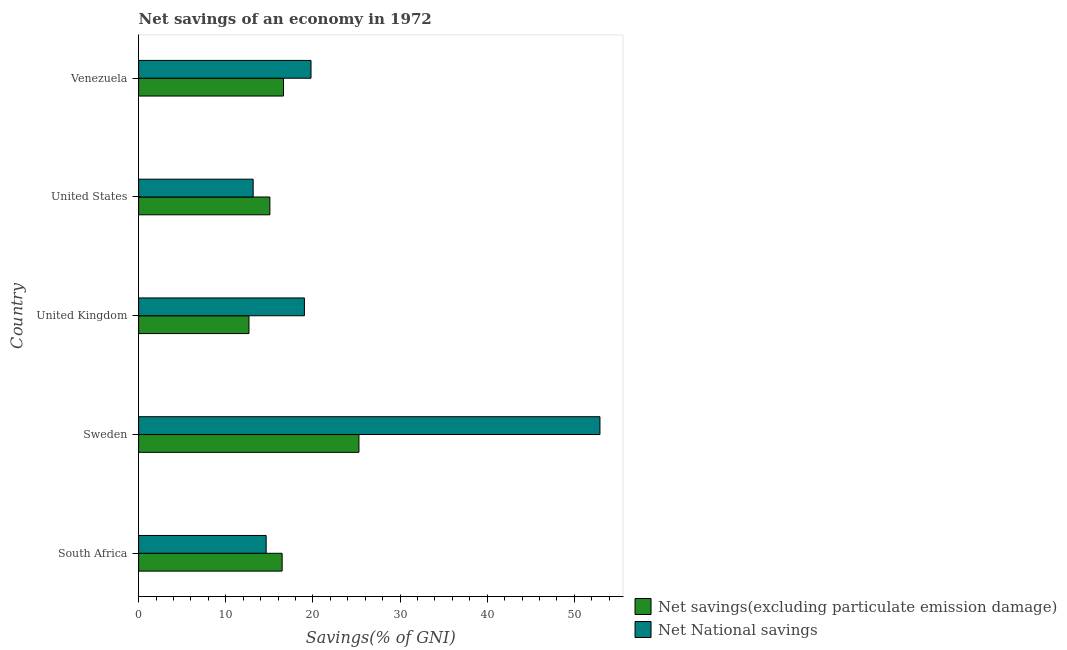
| Country | Net savings(excluding particulate emission damage) | Net National savings |
 | --- | --- | --- |
 | South Africa | 16.5 | 14.6 |
 | Sweden | 25.3 | 52.9 |
 | United Kingdom | 12.7 | 19 |
 | United States | 15.1 | 13.1 |
 | Venezuela | 16.6 | 19.8 |